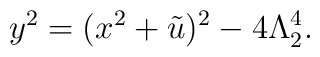
y^2=(x^2+\tilde{u})^2-4 \Lambda_2^4.